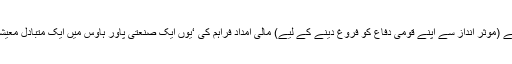
جاپان نے امریکی بیس کے لیے (موثر انداز سے اپنے قومی دفاع کو فروغ دینے کے لیے) مالی امداد فراہم کی ‘یوں ایک صنعتی پاور ہاؤس میں ایک متبادل معیشت سے تیزی سے منتقل ہوئی۔